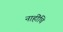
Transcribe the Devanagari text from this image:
नाहींचि